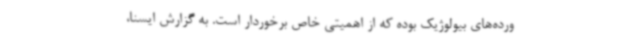
ورده‌های بیولوژیک بوده که از اهمیتی خاص برخوردار است. به گزارش ایسنا،